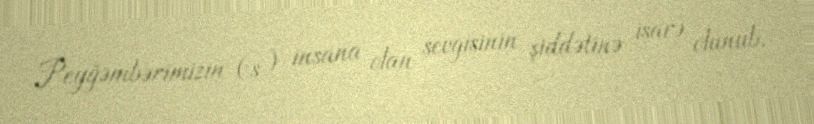
Peyğəmbərimizin (s) insana olan sevgisinin şiddətinə işarə olunub.